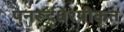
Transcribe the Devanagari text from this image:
पुनरूर्द्धेश्यीकृत